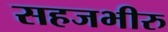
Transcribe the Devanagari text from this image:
सहजभीरु